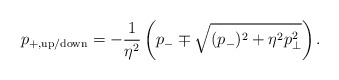
\begin{align*}p_{+,\rm up/down} = -\frac{1}{\eta^2}\left( p_- \mp \sqrt{(p_-)^2 + \eta^2 p_{\bot}^2}\right).\end{align*}